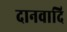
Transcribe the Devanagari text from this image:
दानवादि